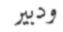
ودبير